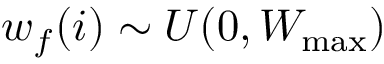
w _ { f } ( i ) \sim U ( 0 , W _ { \mathrm { m a x } } )